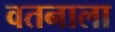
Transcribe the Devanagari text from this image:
वतनाला